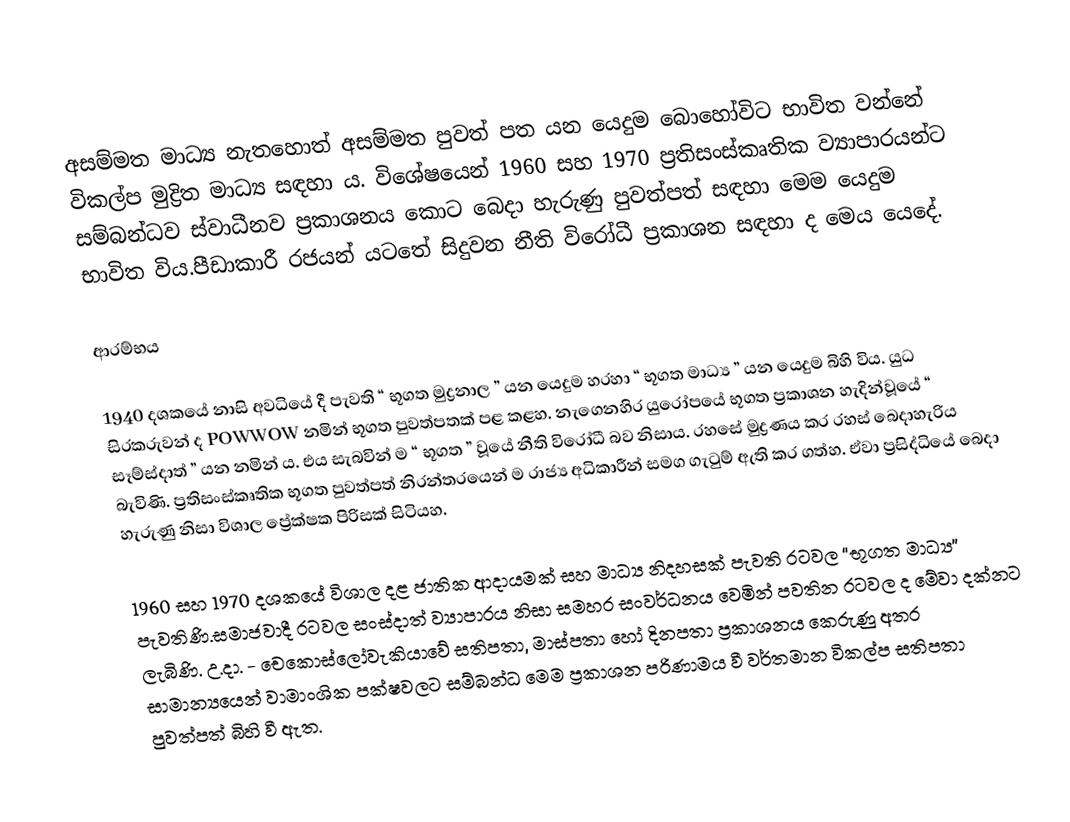
අසම්මත මාධ්‍ය නැතහොත් අසම්මත පුවත් පත යන යෙදුම බොහෝවිට භාවිත වන්නේ විකල්ප මුද්‍රිත මාධ්‍ය සඳහා ය. විශේෂයෙන් 1960 සහ 1970 ප්‍රතිසංස්කෘතික ව්‍යාපාරයන්ට සම්බන්ධව ස්වාධීනව ප්‍රකාශනය කොට බෙදා හැරුණු පුවත්පත් සඳහා මෙම යෙදුම භාවිත විය.පීඩාකාරී රජයන් යටතේ සිදුවන නීති විරෝධී ප්‍රකාශන සඳහා ද මෙය යෙදේ.

ආරම්භය

1940 දශකයේ නාසි අවධියේ දී පැවති “ භූගත මුද්‍රනාල ” යන යෙදුම හරහා “ භූගත මාධ්‍ය ” යන යෙදුම බිහි විය. යුධ සිරකරුවන් ද POWWOW නමින් භූගත පුවත්පතක් පළ කළහ. නැගෙනහිර යුරෝපයේ භූගත ප්‍රකාශන හැදින්වූයේ “ සෑම්ස්දාත් ” යන නමින් ය. එය සැබවින් ම “ භූගත ” වූයේ නීති විරෝධී බව නිසාය. රහසේ මුද්‍රණය කර රහස් බෙදාහැරිය බැවිණි. ප්‍රතිසංස්කෘතික භූගත පුවත්පත් නිරන්තරයෙන් ම රාජ්‍ය අධිකාරීන් සමග ගැටුම් ඇති කර ගත්හ. ඒවා ප්‍රසිද්ධියේ බෙදා හැරුණු නිසා විශාල ප්‍රේක්ෂක පිරිසක් සිටියහ.

1960 සහ 1970 දශකයේ විශාල දළ ජාතික ආදායමක් සහ මාධ්‍ය නිදහසක් පැවති රටවල “භූගත මාධ්‍ය” පැවතිණි.සමාජවාදී රටවල සංස්දාත් ව්‍යාපාරය නිසා සමහර සංවර්ධනය වෙමින් පවතින රටවල ද මේවා දක්නට ලැබිණි. උ.දා. -  චෙකොස්ලෝවැකියාවේ සතිපතා, මාස්පතා හෝ දිනපතා ප්‍රකාශනය කෙරුණු අතර සාමාන්‍යයෙන් වාමාංශික පක්ෂවලට සම්බන්ධ මෙම ප්‍රකාශන පරිණාමය වී වර්තමාන විකල්ප සතිපතා පුවත්පත් බිහි වී ඇත.